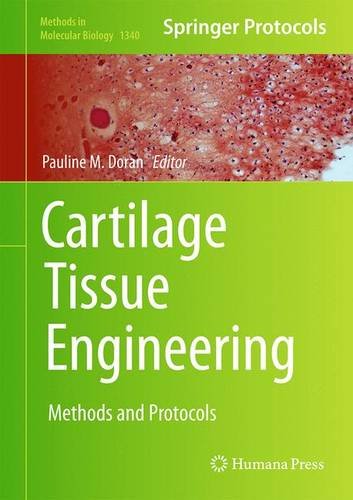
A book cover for Cartilage Tissue Engineering: Methods and Protocols (Methods in Molecular Biology); Medical Books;